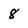
Character: 8